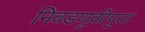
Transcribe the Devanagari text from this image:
निवडणुकीपुरतं